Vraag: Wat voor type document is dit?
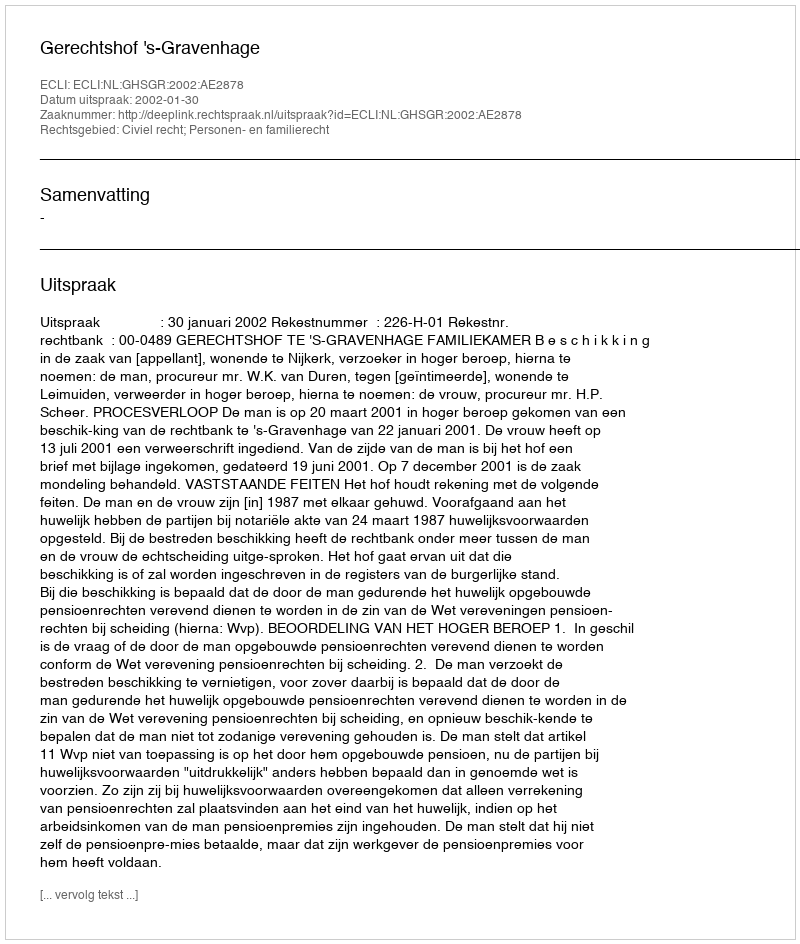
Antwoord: Uitspraak